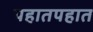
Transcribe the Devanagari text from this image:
पहातपहात